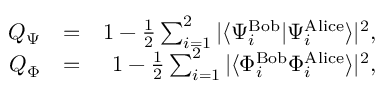
\begin{array} { r l r } { Q _ { \Psi } } & { = } & { 1 - \frac { 1 } { 2 } \sum _ { i = 1 } ^ { 2 } | \langle { \Psi _ { i } ^ { \mathrm { B o b } } } | { \Psi _ { i } ^ { \mathrm { A l i c e } } } \rangle | ^ { 2 } , } \\ { Q _ { \Phi } } & { = } & { 1 - \frac { 1 } { 2 } \sum _ { i = 1 } ^ { 2 } | \langle { \Phi _ { i } ^ { \mathrm { B o b } } } { \Phi _ { i } ^ { \mathrm { A l i c e } } } \rangle | ^ { 2 } , } \end{array}